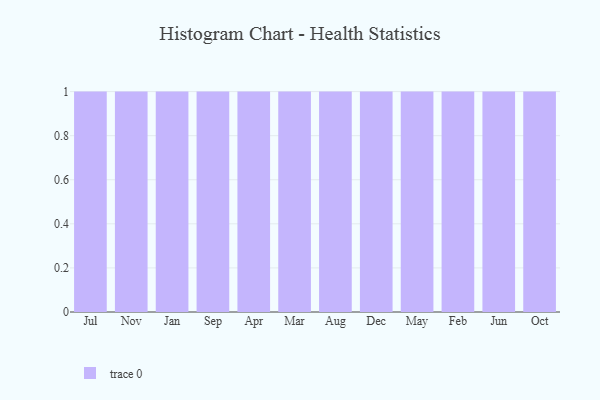
{"axis": {"x": "Month", "y": "Production Output"}, "legend": [""], "data": [{"x": "Jul", "y": 48, "type": ""}, {"x": "Nov", "y": 92, "type": ""}, {"x": "Jan", "y": 42, "type": ""}, {"x": "Sep", "y": 69, "type": ""}, {"x": "Apr", "y": 10, "type": ""}, {"x": "Mar", "y": 63, "type": ""}, {"x": "Aug", "y": 64, "type": ""}, {"x": "Dec", "y": 56, "type": ""}, {"x": "May", "y": 81, "type": ""}, {"x": "Feb", "y": 2, "type": ""}, {"x": "Jun", "y": 36, "type": ""}, {"x": "Oct", "y": 62, "type": ""}]}